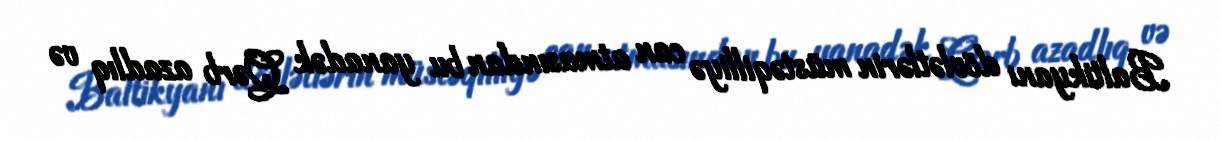
Baltikyanı dövlətlərin müstəqilliyə can atmasından bu yanadək Qərb azadlıq və